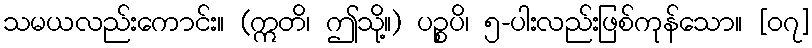
သမယလည်းကောင်း။ (ဣတိ၊ ဤသို့။) ပဉ္စပိ၊ ၅-ပါးလည်းဖြစ်ကုန်သော။ [၀၇]